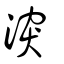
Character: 湥